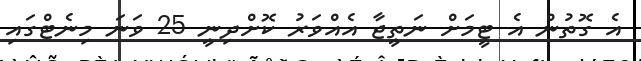
އެ ގޮތުން އެ ޓީމަށް ނަތީޖާ އެއްވަރު ކޮށްދިނީ 25 ވަނަ މިނެޓްގައި